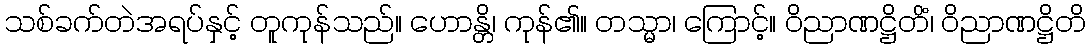
သစ်ခက်တဲအရပ်နှင့် တူကုန်သည်။ ဟောန္တိ၊ ကုန်၏။ တသ္မာ၊ ကြောင့်။ ဝိညာဏဋ္ဌိတိံ၊ ဝိညာဏဋ္ဌိတိ